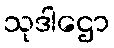
သုဒါဌော